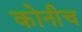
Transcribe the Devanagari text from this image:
कोनीच